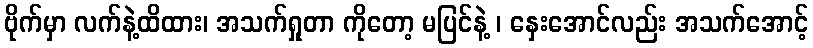
ဗိုက်မှာ လက်နဲ့ထိထား၊ အသက်ရှုတာ ကိုတော့ မပြင်နဲ့ ၊ နှေးအောင်လည်း အသက်အောင့်